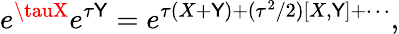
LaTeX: e^{\tauX}e^{\tau\mathsf{Y}}=e^{\tau(X+\mathsf{Y})+(\tau^{2}/2)[X,\mathsf{Y}]+\cdots},